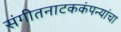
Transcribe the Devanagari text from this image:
संगीतनाटककंपन्यांचा